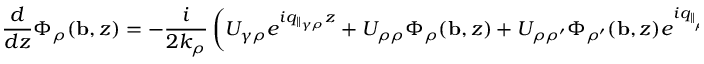
\ \ \! \frac { d } { d z } \Phi _ { \rho } ( { \bf b } , z ) = - \frac { i } { 2 k _ { \rho } } \left( U _ { \gamma \rho } e ^ { i q _ { \| _ { \gamma \rho } } z } + U _ { \rho \rho } \Phi _ { \rho } ( { \bf b } , z ) + U _ { \rho \rho ^ { \prime } } \Phi _ { \rho ^ { \prime } } ( { \bf b } , z ) e ^ { i q _ { \| _ { \rho \rho ^ { \prime } } } z } \right)